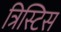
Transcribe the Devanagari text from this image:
त्रिस्टिस